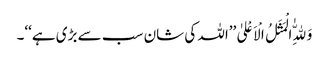
وَلِلّٰهِ الْمَثَلُ الْاَعْلیٰ ’’اللہ کی شان سب سے بڑی ہے‘‘۔